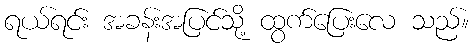
ရယ်ရင်း အခန်းအပြင်သို့ ထွက်ပြေးလေ သည်။